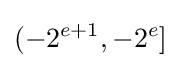
(-2^{e+1},-2^{e}]